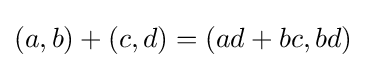
(a,b)+(c,d)=(ad+bc,bd)